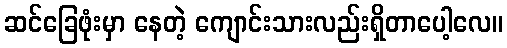
ဆင်ခြေဖုံးမှာ နေတဲ့ ကျောင်းသားလည်းရှိတာပေါ့လေ။